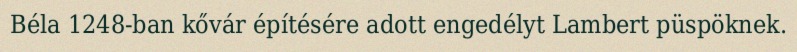
Béla 1248-ban kővár építésére adott engedélyt Lambert püspöknek.